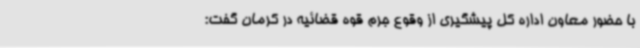
با حضور معاون اداره کل پیشگیری از وقوع جرم قوه قضائیه در کرمان گفت: